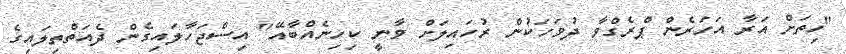
"ހިތަށް އަރާ އަހަރެން ޕްރެގްވާ ދުވަހަކުން ރުހައިލަށް ވާނީ ކިހިނެއްބާއޭ" އިސްޖަހާލައިގެން ދެއަތްތިލައިގެ